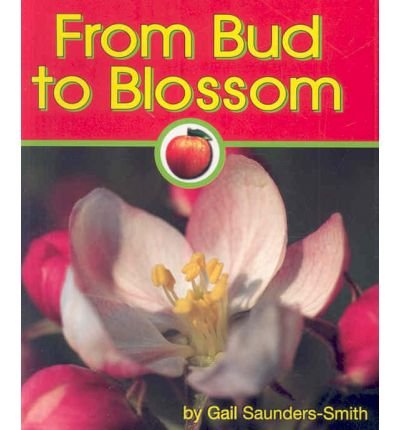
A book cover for From Bud to Blossom (Apples); PhD, Gail Saunders-Smith; Children's Books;